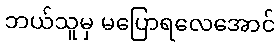
ဘယ်သူမှ မပြောရလေအောင်